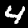
Digit: 4